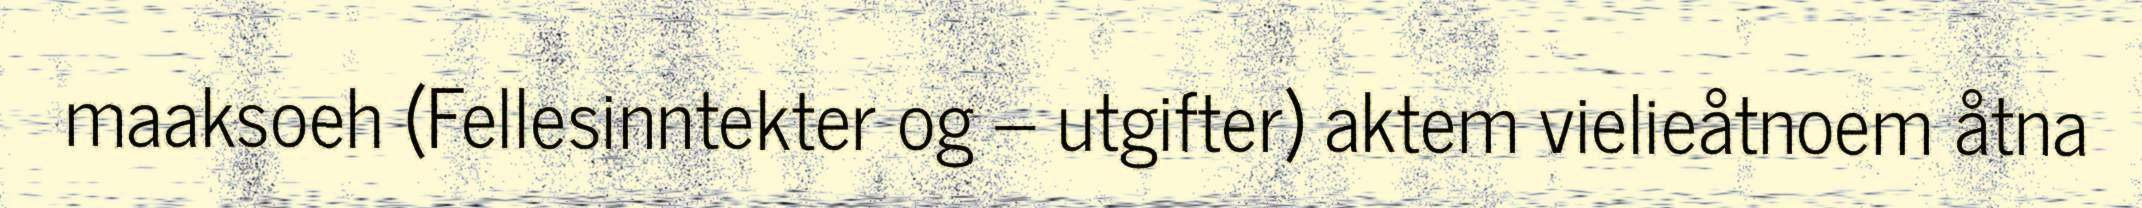
maaksoeh (Fellesinntekter og – utgifter) aktem vielieåtnoem åtna